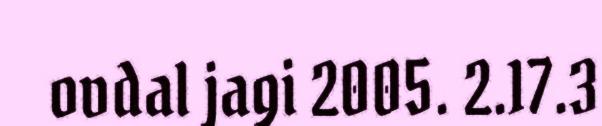
ovdal jagi 2005. 2.17.3